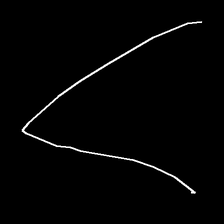
Glyph: region